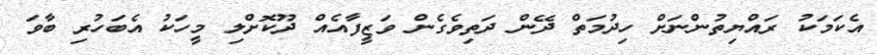
އެކަމަކު ރައްޔިތުންނަށް ހިދުމަތް ދޭން ދަތިވެގެން ވަޒީފާއެއް ދޫކޮށްލި މީހަކު އެބަހުރި ބާވަ